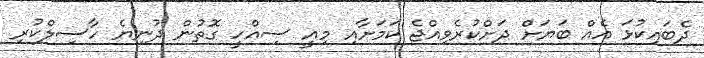
ދެބައިކުޅަ އެއް ބަޔަށް ދަށްކުރެވިއްޖެ ކަމަށާއި މިއީ ސިއްހީ ގޮތުން ދުނިޔެ ހާސިލްކުރި